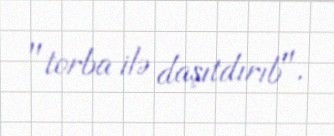
"torba ilə daşıtdırıb".